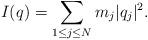
LaTeX: \begin{align*}I(q)=\sum_{1\leq j\leq N} m_j|q_j|^2.\end{align*}